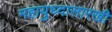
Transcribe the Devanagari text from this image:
महायुध्दासारखी